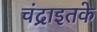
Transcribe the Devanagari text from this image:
चंद्राइतके